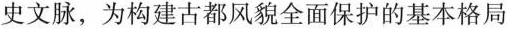
史文脉，为构建古都风貌全面保护的基本格局